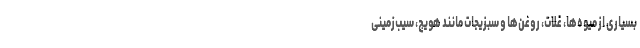
بسیاری از میوه‌ها، غلات، روغن‌ها و سبزیجات مانند هویج، سیب‌زمینی